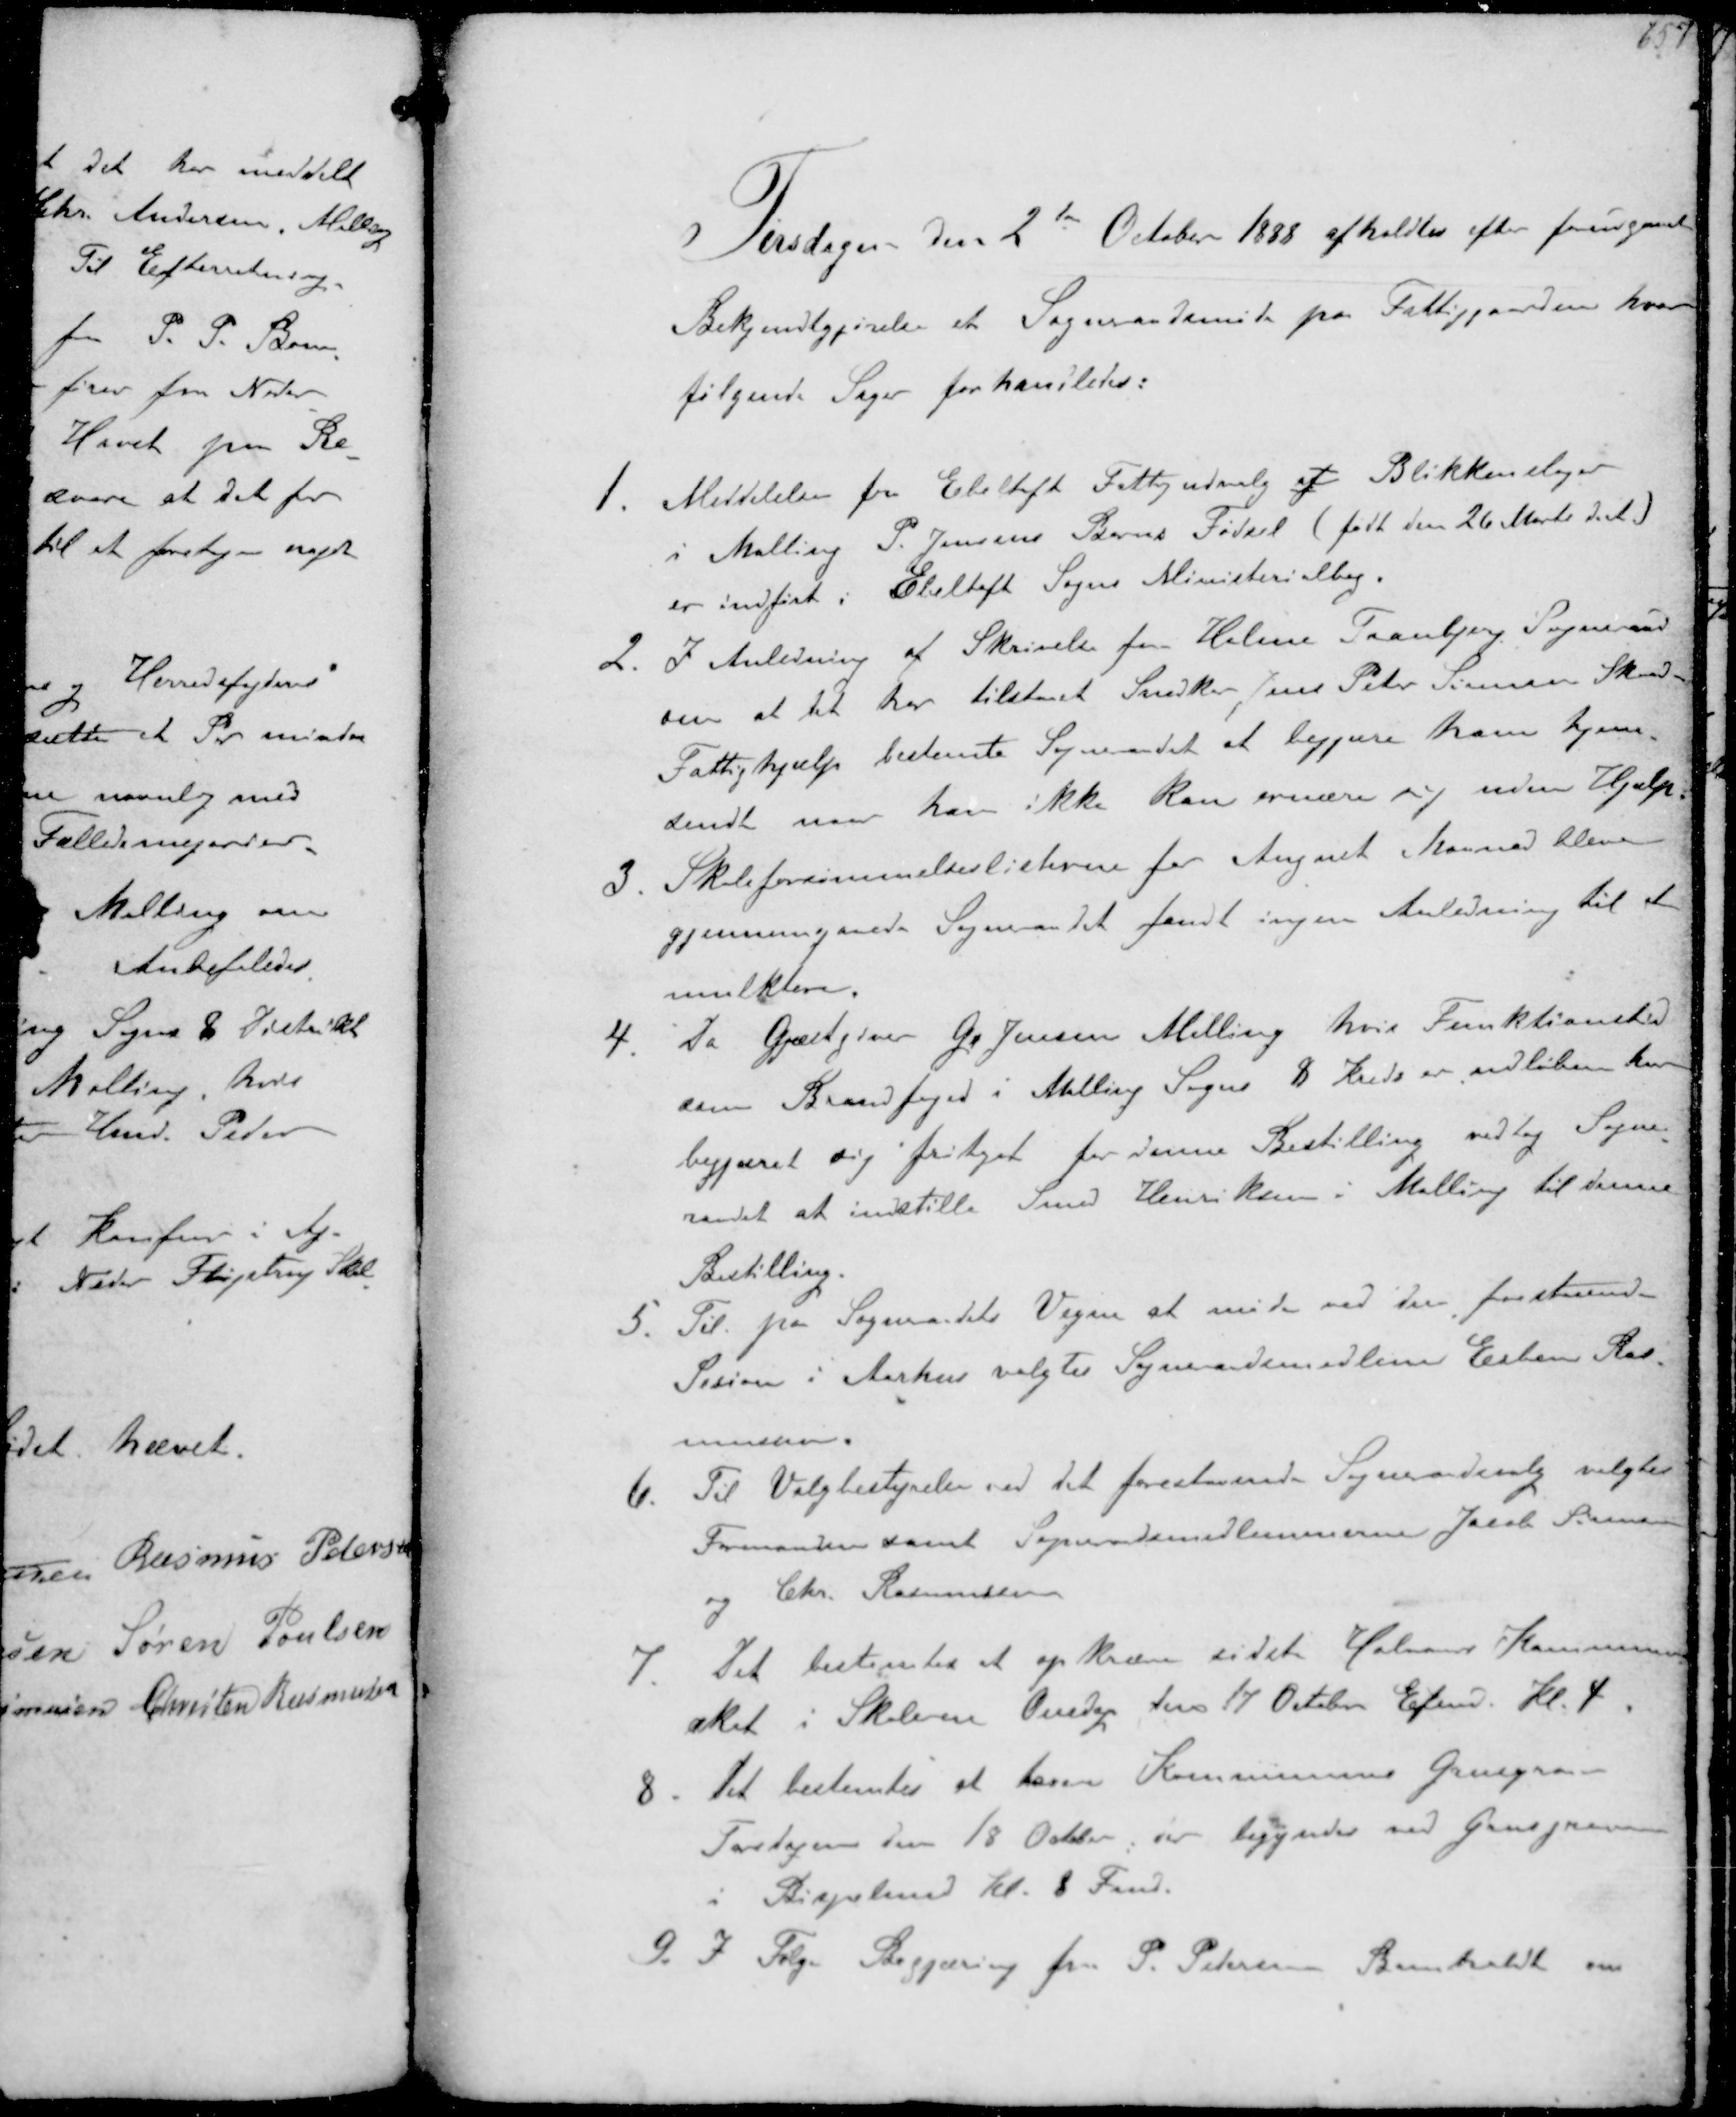
Transskription:
Tirsdagen den 2den October 1888 afholdtes efter forudgaaet
Bekjendtgørelse et Sogneraadsmøde på Fattiggaarden hvor
følgende Sager forhandledes:

1. Meddelelse fra Ebeltoft Fattigudvalg at Blikkenslager
i Malling P. Jensens Barns Fødsel (født den 26 Marts d. A.)
er indført i Ebeleltoft Sogns Ministerialbog.
2. I Anledning af Skrivelse fra Holme Tranbjerg Sogneraad
om at det har tilstaaet Snedker Jens Peter Jensen Skaade
Fattighjælp bestemte Sogneraadet at begjære ham hjem-
sendt naar han ikke kan ernære sig uden Hjælp
3. Skoleforsømmelseslisterne for August Maaned bleve
gjennemgaaede Sogneraadet fandt ingen Anledning til at
mulktere.
4. Da Gæstgiver R Jensen Malling hvis Funktionstid
som Brandfoged i Malling Sogns 8 Kreds er udløben har
begæret sig fritaget for denne Bestilling vedtog Sogne-
raadet at indstille Smed Henriksen i Malling til denne
Bestilling.
5. Til paa Sogneraadets Vegne at møde ved den forestaaende
Session i Aarhus valgtes Sogneraadsmedlem Esben Ras-
mussen
6. Til Valgbestyrelse ved det forestaaende Sogneraadsvalg valgtes
Formanden samt Sogneraadsmedlemmerne Jacob Sørensen
og Chr. Rasmussen
7. Det bestemtes at opkræve sidste Halvaars Kommune-
skat i Skolerne Onsdagen den 17 October Eftm Kl. 4.
8. Det bestemtes at tarere Kommunens Grusgrave
Torsdagen den 18 October der begyndes ved Grusgraven
i Bispelund Kl. 8 Fmd.
9. I Følge Begjæring fra P. Petersen Bomholdt om